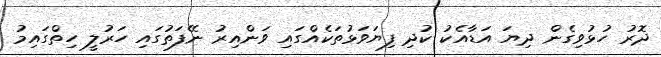
ދޮރު ހުޅުވިގެން ދިޔަ އަޑާއެކު ކުދި ފިޔަވަޅުތަކެއްގައި ވަންއިރު ނޭފަތުގައި ހަރުލީ ހިތްގައިމު